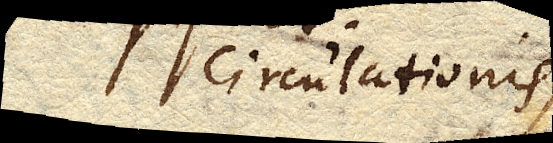
circulationis,